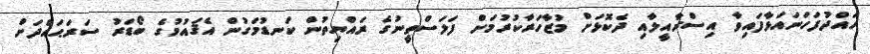
ހައްދުފަހަނައަޅާފައިވާ އިސްރާއީލާއި ދެކޮޅަށް މުޒާހަރާކުރުމަށް ފަލަސްތީނުގެ ރައްޔިތުން ކަނޑުމަގުން އެޤައުމުގެ ބޯޑަރު ސަރަޙައްދަށް